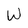
Character: W